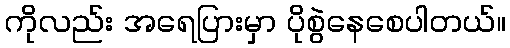
ကိုလည်း အရေပြားမှာ ပိုစွဲနေစေပါတယ်။